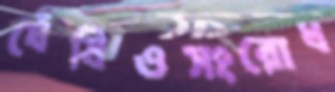
ঘেঁষিওসংরোধ